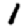
Digit: 1